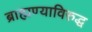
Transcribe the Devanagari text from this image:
ब्राह्मण्याविरुद्ध